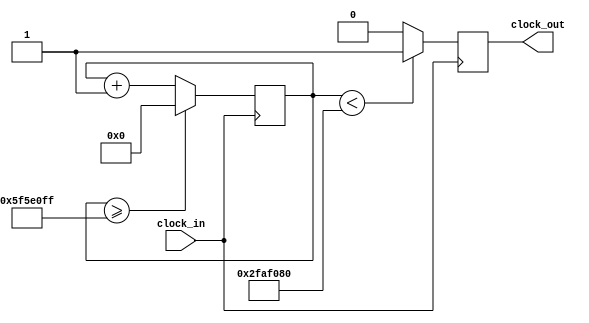
`timescale 1ns / 1ps
//////////////////////////////////////////////////////////////////////////////////
// Company: 
// Engineer: 
// 
// Design Name: 
// Module Name: clock_divider
// Project Name: 
// Target Devices: 
// Tool Versions: 
// Description: 
// 
// Dependencies: 
// 
// Revision:
// Revision 0.01 - File Created
// Additional Comments:
// 
//////////////////////////////////////////////////////////////////////////////////


module clock_divider(clock_in,clock_out);
input clock_in; // input clock on FPGA
output reg clock_out; // output clock after division

reg [27:0] counter = 28'd0;
parameter DIVISOR = 28'd100000000;

// The frequency of the output clk_out 
//  = The frequency of the input clk_in divided by DIVISOR 
// For example: Fclk_in = 50Mhz, if you want to get 1Hz signal to blink LEDs 
// You will modify the DIVISOR parameter value to 28'd50.000.000 
// Then the frequency of the output clk_out = 50Mhz/50.000.000 = 1Hz

always @(posedge clock_in)
begin
 counter <= counter + 28'd1;

 if(counter >= (DIVISOR - 1))
   counter <= 28'd0;

 clock_out <= (counter < DIVISOR/2) ? 1'b1:1'b0;
end
endmodule